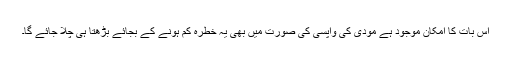
اس بات کا امکان موجود ہے مودی کی واپسی کی صورت میں بھی یہ خطرہ کم ہونے کے بجائے بڑھتا ہی چلا جائے گا۔